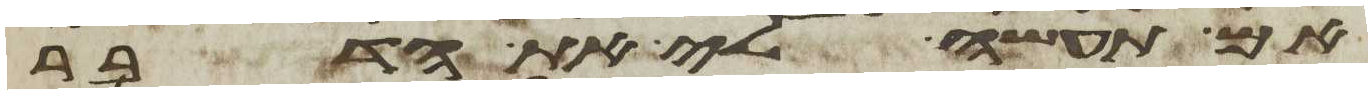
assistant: אם תעשה לי את הדבר